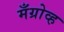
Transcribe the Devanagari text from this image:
मँग्रोव्ह